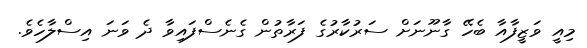
މިއީ ވަޒީފާއާ ބެހޭ ގާނޫނަށް ސަރުކާރުގެ ފަރާތުން ގެނެސްފައިވާ ދެ ވަނަ އިސްލާހެވެ.